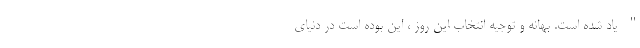
" یاد شده است‌. بهانه و توجیه انتخاب این روز ، این بوده است در دنیای